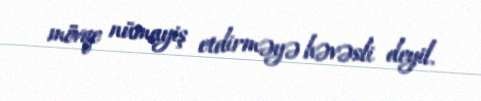
mövqe nümayiş etdirməyə həvəsli deyil.